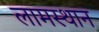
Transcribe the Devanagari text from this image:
लामस्थान